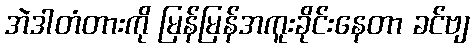
အဲဒါတံတားကို မြန်မြန်အကူးခိုင်းနေတာ ခင်ဗျ